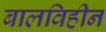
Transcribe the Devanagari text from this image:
बालविहीन